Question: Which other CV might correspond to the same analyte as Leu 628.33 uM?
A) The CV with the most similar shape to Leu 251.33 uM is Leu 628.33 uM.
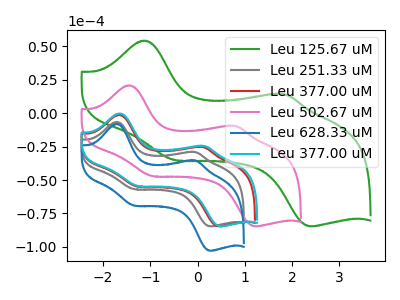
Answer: <think>The green curve "Leu 125.67 uM" has anodic peaks at (-1.10V, 54.20uA) (1.85V, 14.15uA) and cathodic peaks at (-0.50V, -34.95uA) (2.45V, -84.60uA). The gray curve "Leu 251.33 uM" has anodic peaks at (-1.70V, -6.65uA) (-0.05V, -29.15uA) and cathodic peaks at (-1.35V, -56.75uA) (0.30V, -84.65uA). The red curve "Leu 377.00 uM" has anodic peaks at (-1.65V, -1.35uA) (0.10V, -25.35uA) and cathodic peaks at (-1.25V, -54.85uA) (0.50V, -84.65uA). The pink curve "Leu 502.67 uM" has anodic peaks at (-1.45V, 20.70uA) (0.80V, -9.65uA) and cathodic peaks at (-0.95V, -46.95uA) (1.25V, -84.60uA). The blue curve "Leu 628.33 uM" has anodic peaks at (-1.70V, -8.10uA) (-0.05V, -35.45uA) and cathodic peaks at (-1.35V, -68.95uA) (0.30V, -102.85uA). The cyan curve "Leu 377.00 uM" has anodic peaks at (-1.65V, -0.30uA) (0.15V, -24.60uA) and cathodic peaks at (-1.25V, -54.45uA) (0.50V, -84.65uA).
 "Leu 125.67 uM" and "Leu 251.33 uM" have at least one peak that do not match. "Leu 125.67 uM" and "Leu 377.00 uM" have at least one peak that do not match. "Leu 125.67 uM" and "Leu 502.67 uM" have at least one peak that do not match. "Leu 125.67 uM" and "Leu 628.33 uM" have at least one peak that do not match. "Leu 125.67 uM" and "Leu 377.00 uM" have at least one peak that do not match. "Leu 251.33 uM" and "Leu 377.00 uM" have at least one peak that do not match. "Leu 251.33 uM" and "Leu 502.67 uM" have at least one peak that do not match. All the peaks in "Leu 251.33 uM" have a peak in "Leu 628.33 uM" at the same potential. "Leu 251.33 uM" and "Leu 377.00 uM" have at least one peak that do not match. "Leu 377.00 uM" and "Leu 502.67 uM" have at least one peak that do not match. "Leu 377.00 uM" and "Leu 628.33 uM" have at least one peak that do not match. All the peaks in "Leu 377.00 uM" have a peak in "Leu 377.00 uM" at the same potential. "Leu 502.67 uM" and "Leu 628.33 uM" have at least one peak that do not match. "Leu 502.67 uM" and "Leu 377.00 uM" have at least one peak that do not match. "Leu 628.33 uM" and "Leu 377.00 uM" have at least one peak that do not match.</think>
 <answer>A) The CV with the most similar shape to "Leu 251.33 uM" is "Leu 628.33 uM".</answer>
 <eval>A</eval>